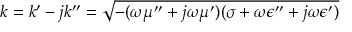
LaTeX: k = k ^ { \prime } - j k ^ { \prime \prime } = { \sqrt { - ( \omega \mu ^ { \prime \prime } + j \omega \mu ^ { \prime } ) ( \sigma + \omega \epsilon ^ { \prime \prime } + j \omega \epsilon ^ { \prime } ) } }